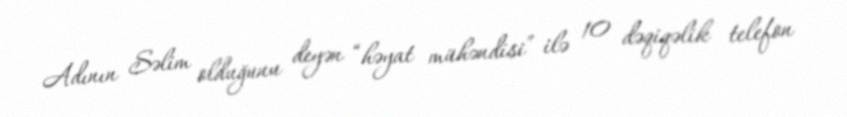
Adının Səlim olduğunu deyən “həyat mühəndisi” ilə 10 dəqiqəlik telefon